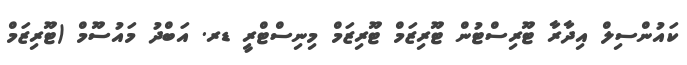
ކައުންސިލް އިދާރާ ޓޫރިސްޓުން ޓޫރިޒަމް ޓޫރިޒަމް މިނިސްޓްރީ ޑރ. އަބްދު މައުސޫމް (ޓޫރިޒަމް